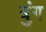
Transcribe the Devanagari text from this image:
त्रुंग